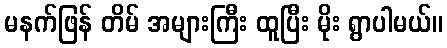
မနက်ဖြန် တိမ် အများကြီး ထူပြီး မိုး ရွာပါမယ်။